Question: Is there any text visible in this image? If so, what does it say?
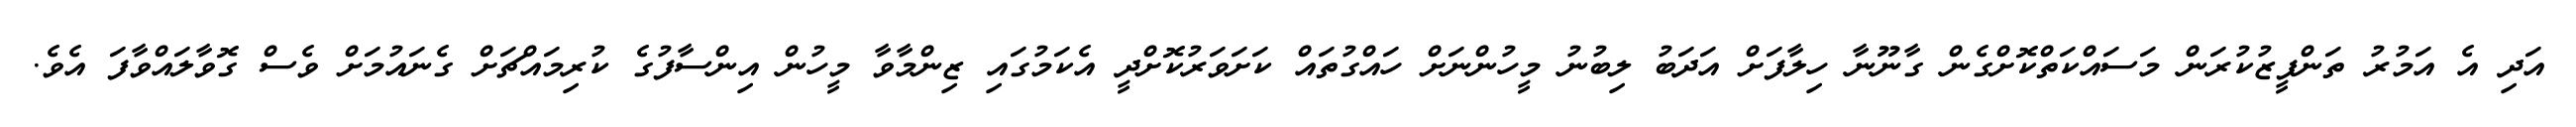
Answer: އަދި އެ އަމުރު ތަންފީޒުކުރަން މަސައްކަތްކޮށްގެން ގާނޫނާ ހިލާފަށް އަދަބު ލިބުނު މީހުންނަށް ހައްގުތައް ކަށަވަރުކޮށްދީ އެކަމުގައި ޒިންމާވާ މީހުން އިންސާފުގެ ކުރިމައްޗަށް ގެނައުމަށް ވެސް ގޮވާލައްވާފަ އެވެ.